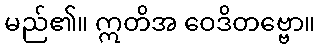
မည်၏။ ဣတိအ ဝေဒိတဗ္ဗော။